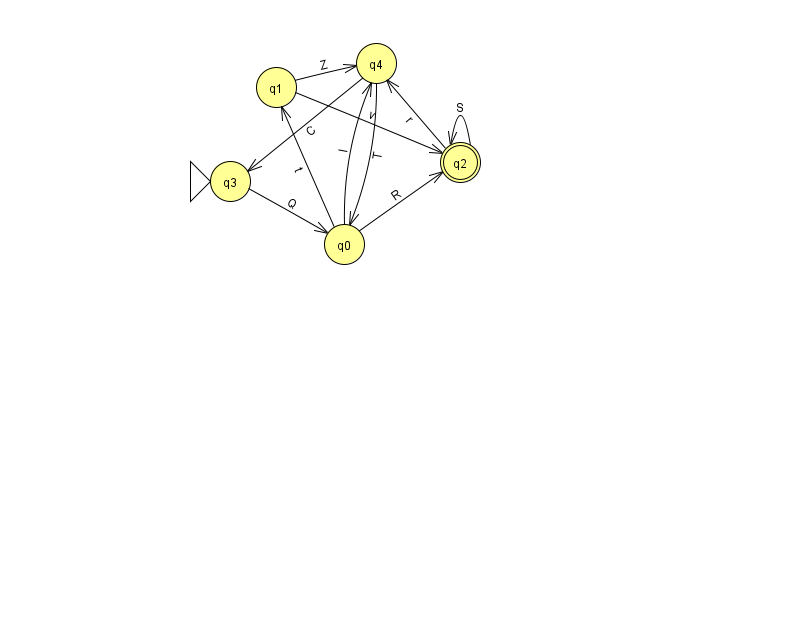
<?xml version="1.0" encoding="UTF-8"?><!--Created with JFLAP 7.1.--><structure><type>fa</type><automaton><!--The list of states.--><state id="0" name="q0"><x>344.0</x><y>231.0</y></state><state id="1" name="q1"><x>276.0</x><y>74.0</y></state><state id="2" name="q2"><x>460.0</x><y>149.0</y><final/></state><state id="3" name="q3"><x>230.0</x><y>168.0</y><initial/></state><state id="4" name="q4"><x>376.0</x><y>50.0</y></state><!--The list of transitions.--><transition><from>0</from><to>2</to><read>R</read></transition><transition><from>2</from><to>2</to><read>S</read></transition><transition><from>0</from><to>4</to><read>I</read></transition><transition><from>3</from><to>0</to><read>Q</read></transition><transition><from>4</from><to>0</to><read>T</read></transition><transition><from>4</from><to>3</to><read>C</read></transition><transition><from>1</from><to>4</to><read>Z</read></transition><transition><from>2</from><to>4</to><read>r</read></transition><transition><from>1</from><to>2</to><read>v</read></transition><transition><from>0</from><to>1</to><read>t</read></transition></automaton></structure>